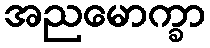
အညမောက္ခာ